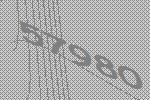
57980